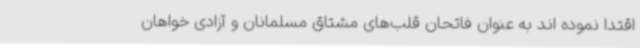
اقتدا نموده اند به عنوان فاتحان قلب‌های مشتاق مسلمانان و آزادی خواهان